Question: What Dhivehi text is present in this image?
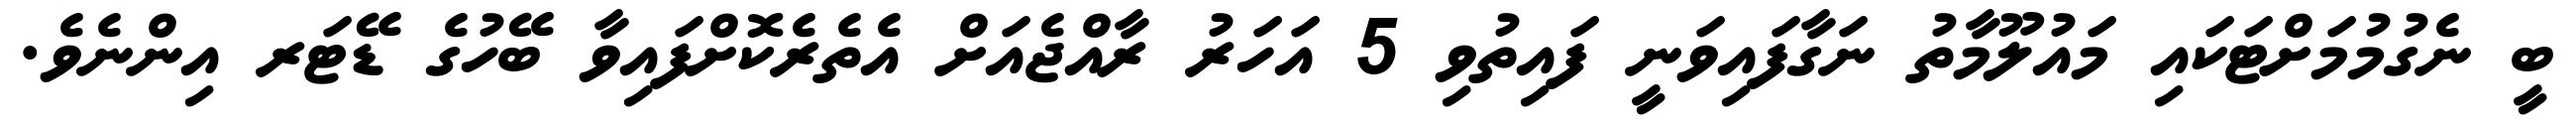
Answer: ބީ ނެގުމުމަށްޓަކައި މައުލޫމާތު ނަގާފައިވަނީ ފައިތުވި 5 އަހަރު ރާއްޖެއަށް އެތެރެކޮށްފައިވާ ބޭހުގެ ޑޭޓަރ އިންނެވެ.